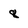
Character: 8